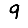
Digit: 9